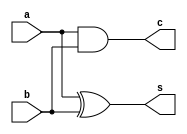
`timescale 1ns / 1ps
//////////////////////////////////////////////////////////////////////////////////
// Company: 
// Engineer: 
// 
// Design Name: 
// Module Name:    HA 
// Project Name: 
// Target Devices: 
// Tool versions: 
// Description: 
//
// Dependencies: 
//
// Revision: 
// Revision 0.01 - File Created
// Additional Comments: 
//
//////////////////////////////////////////////////////////////////////////////////
module HA(a,b,c,s);

	input a,b;
	output c,s;
	xor x1(s,a,b);
	and a1(c,a,b);
	
endmodule